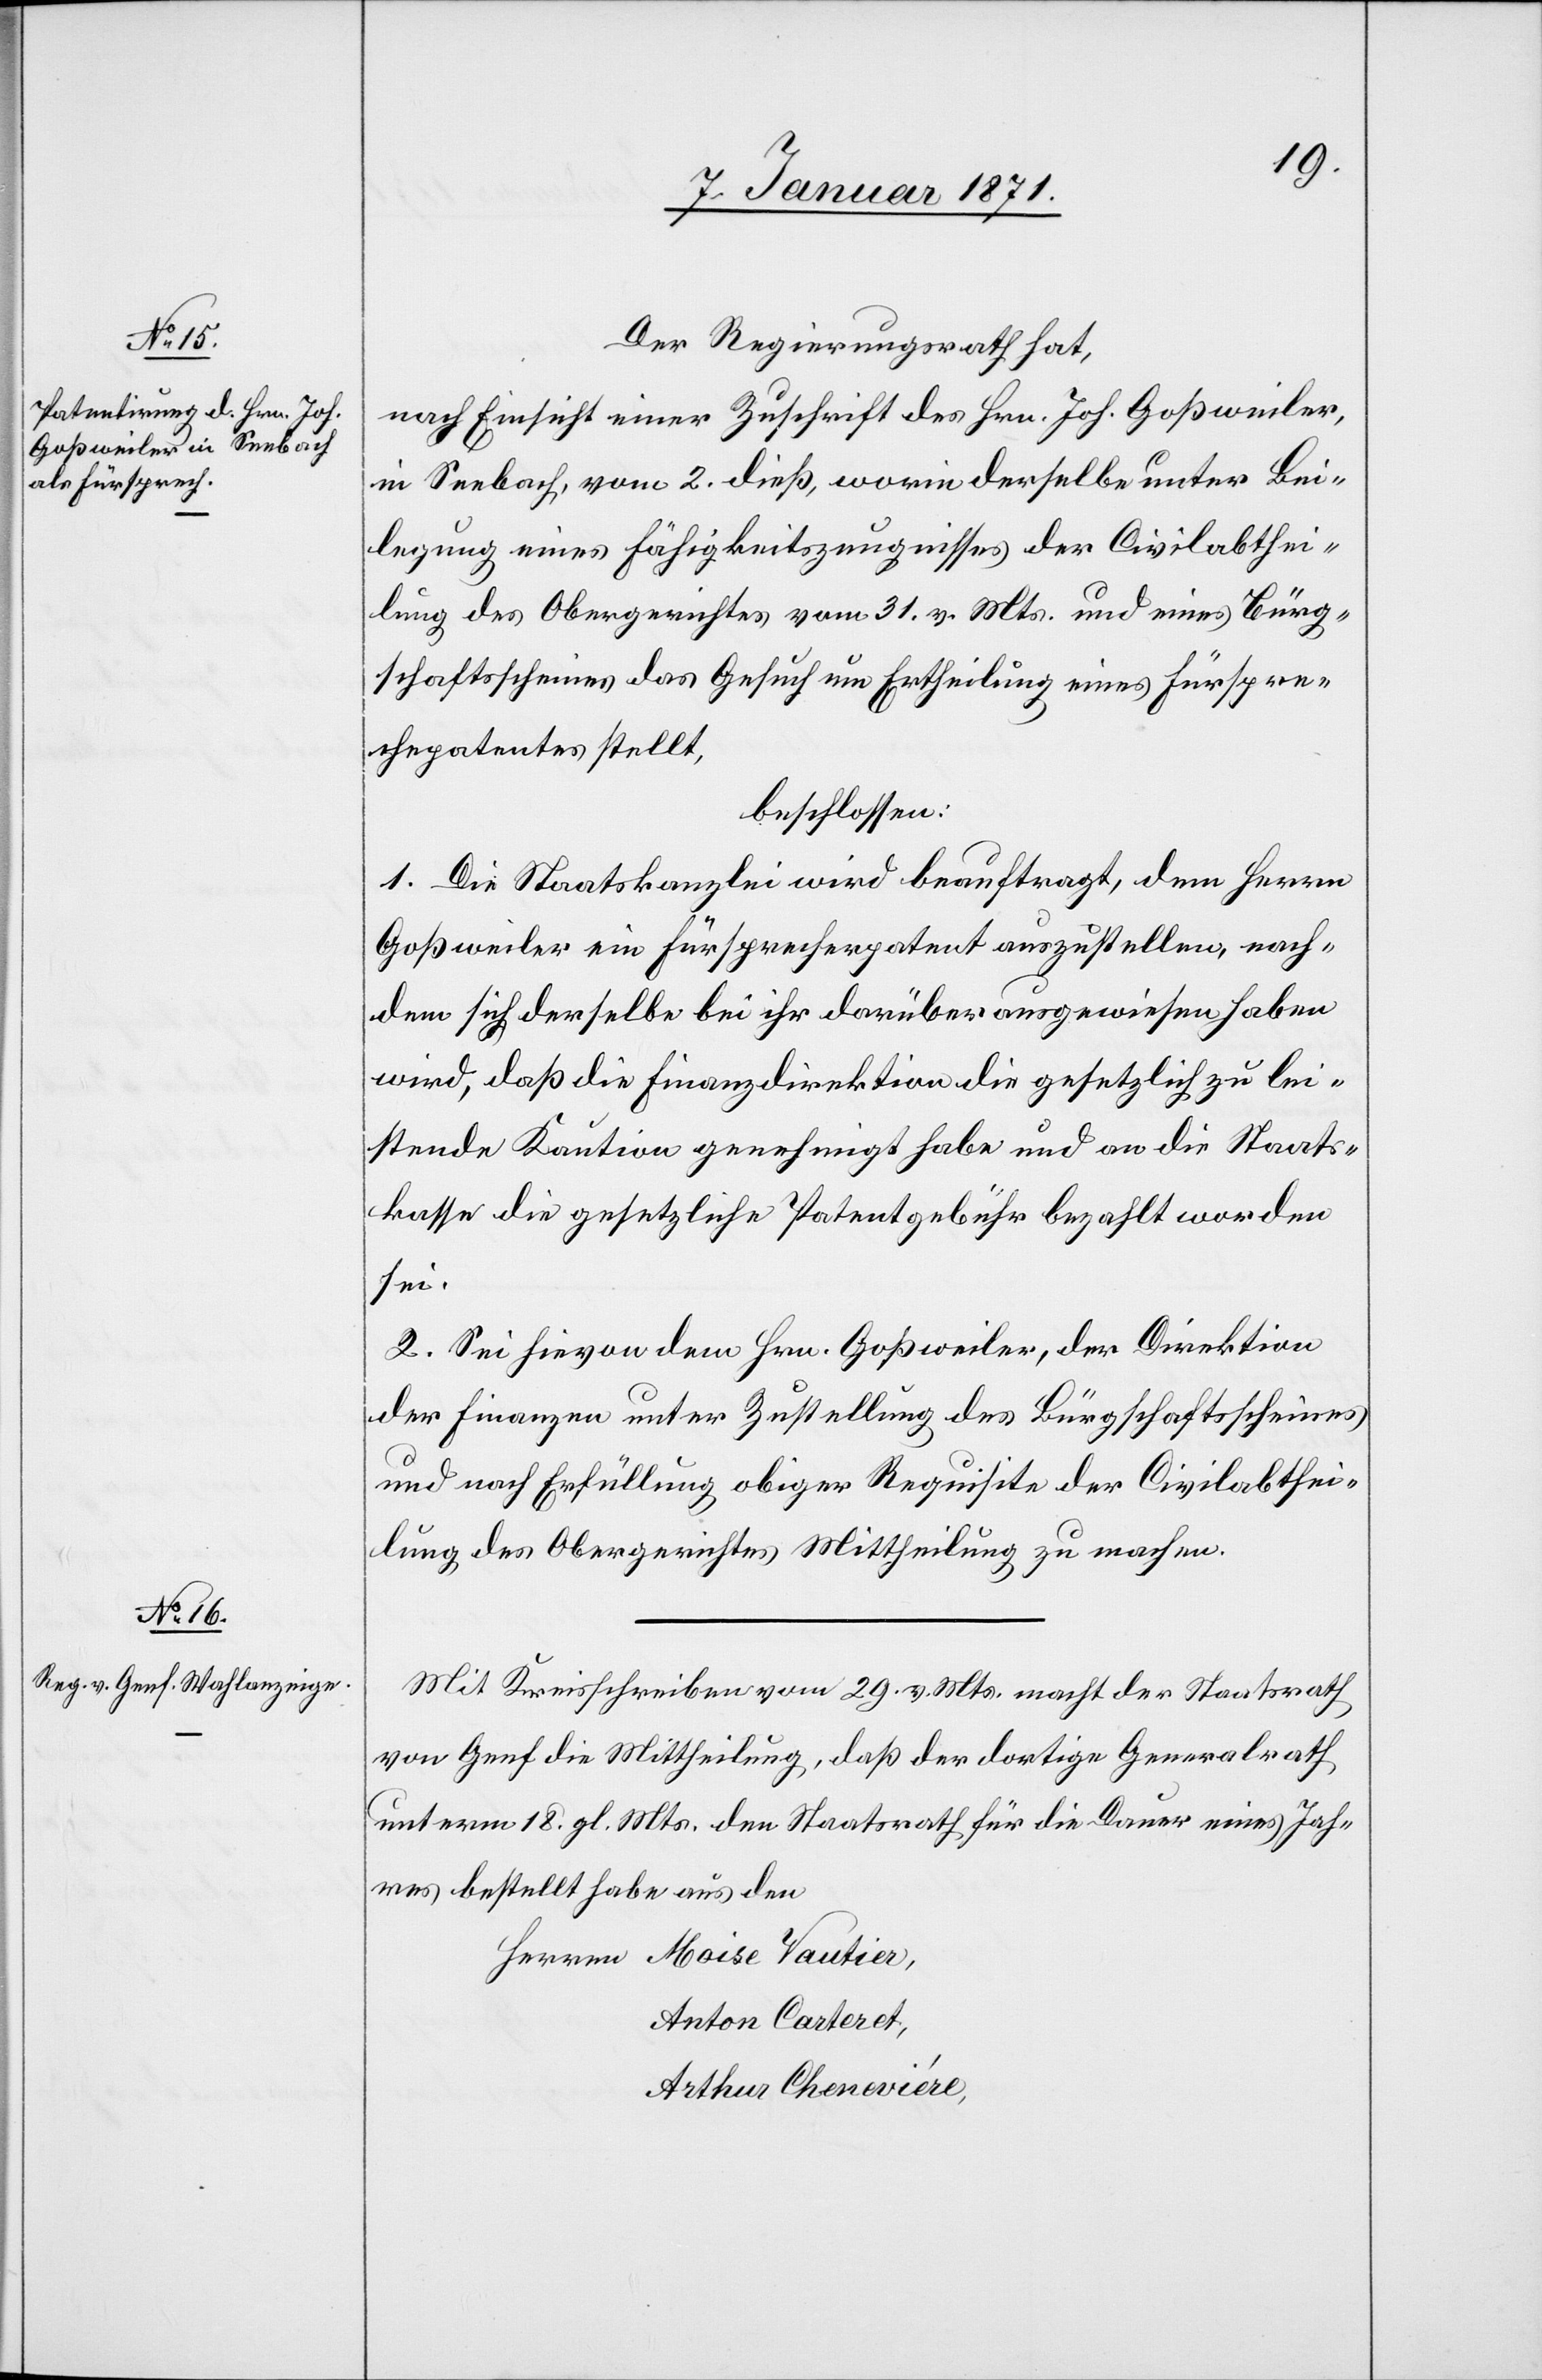
Der Regierungsrath hat,
nach Einsicht einer Zuschrift des Hrn. Joh. Goßweiler,
in Seebach, vom 2. dieß, worin derselbe unter Bei¬
legung eines Fähigkeitszeugnisses der Civilabthei¬
lung des Obergerichtes vom 31. v. Mts. und eines Bürg¬
schaftsscheines das Gesuch um Ertheilung eines Fürspre¬
chepatentes stellt,
beschlossen:
1. Die Staatskanzlei wird beauftragt, dem Herrn
Goßweiler ein Fürsprecherpatent auszustellen, nach¬
dem sich derselbe bei ihr darüber ausgewiesen haben
wird, daß die Finanzdirektion die gesetzlich zu lei¬
stende Kaution genehmigt habe und an die Staats¬
kasse die gesetzliche Patentgebühr bezahlt worden
sei.
2. Sei hievon dem Hrn. Goßweiler, der Direktion
der Finanzen unter Zustellung des Bürgschaftsscheines
und nach Erfüllung obiger Requisite der Civilabthei¬
lung des Obergerichtes Mittheilung zu machen.
Mit Kreisschreiben vom 29. v. Mts. macht der Staatsrath
von Genf die Mittheilung, daß der dortige Generalrath
unterm 18. gl. Mts. den Staatsrath für die Dauer eines Jah¬
res bestellt habe aus den
Anton Carteret
Arthur Cheneviére,